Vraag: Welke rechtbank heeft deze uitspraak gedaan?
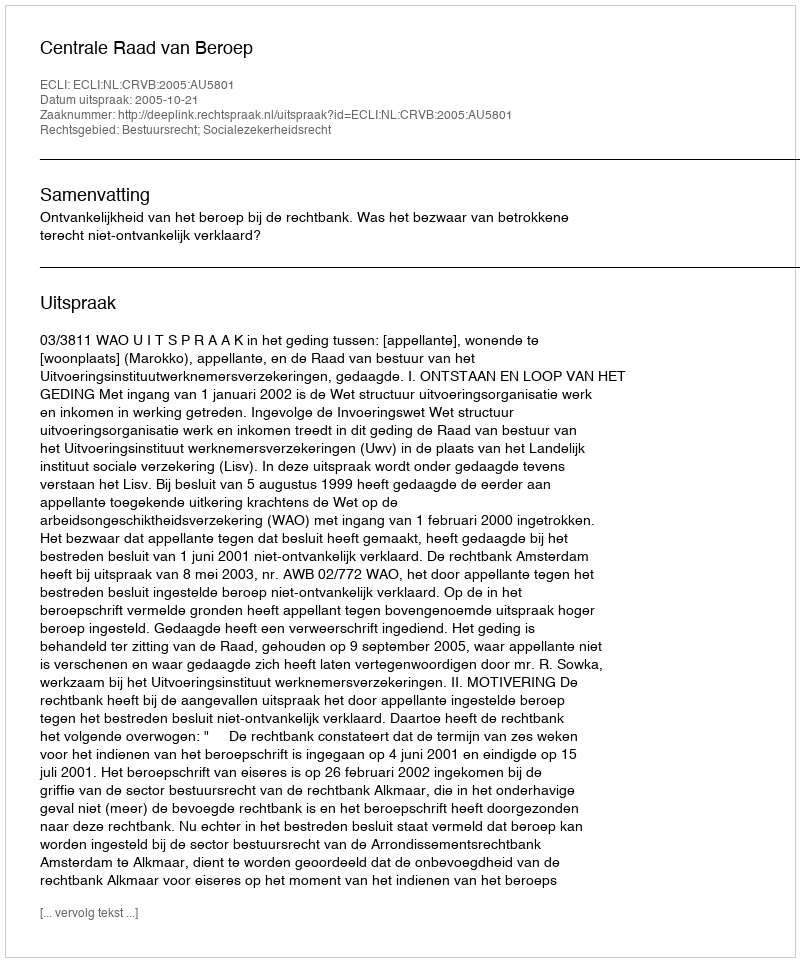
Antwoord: Centrale Raad van Beroep